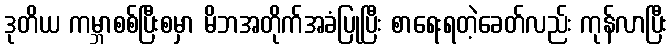
ဒုတိယ ကမ္ဘာစစ်ပြီးစမှာ မိဘအတိုက်အခံပြုပြီး စာရေးရတဲ့ခေတ်လည်း ကုန်လာပြီး